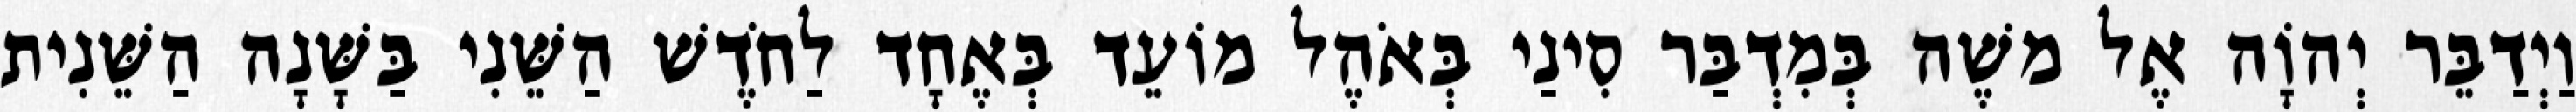
וַיְדַבֵּר יְהוָֹה אֶל משֶׁה בְּמִדְבַּר סִינַי בְּאֹהֶל מוֹעֵד בְּאֶחָד לַחֹדֶשׁ הַשֵּׁנִי בַּשָּׁנָה הַשֵּׁנִית